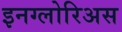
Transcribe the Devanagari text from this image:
इनग्लोरिअस